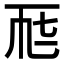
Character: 𠀣